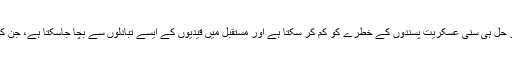
صرف شامی تنازع کا مؤثر حل ہی سنی عسکریت پسندوں کے خطرے کو کم کر سکتا ہے اور مستقبل میں قیدیوں کے ایسے تبادلوں سے بچا جاسکتا ہے، جن کی بھاری قیمت چکانا پڑے۔